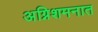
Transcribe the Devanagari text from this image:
अग्निशमनात